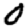
Digit: 0